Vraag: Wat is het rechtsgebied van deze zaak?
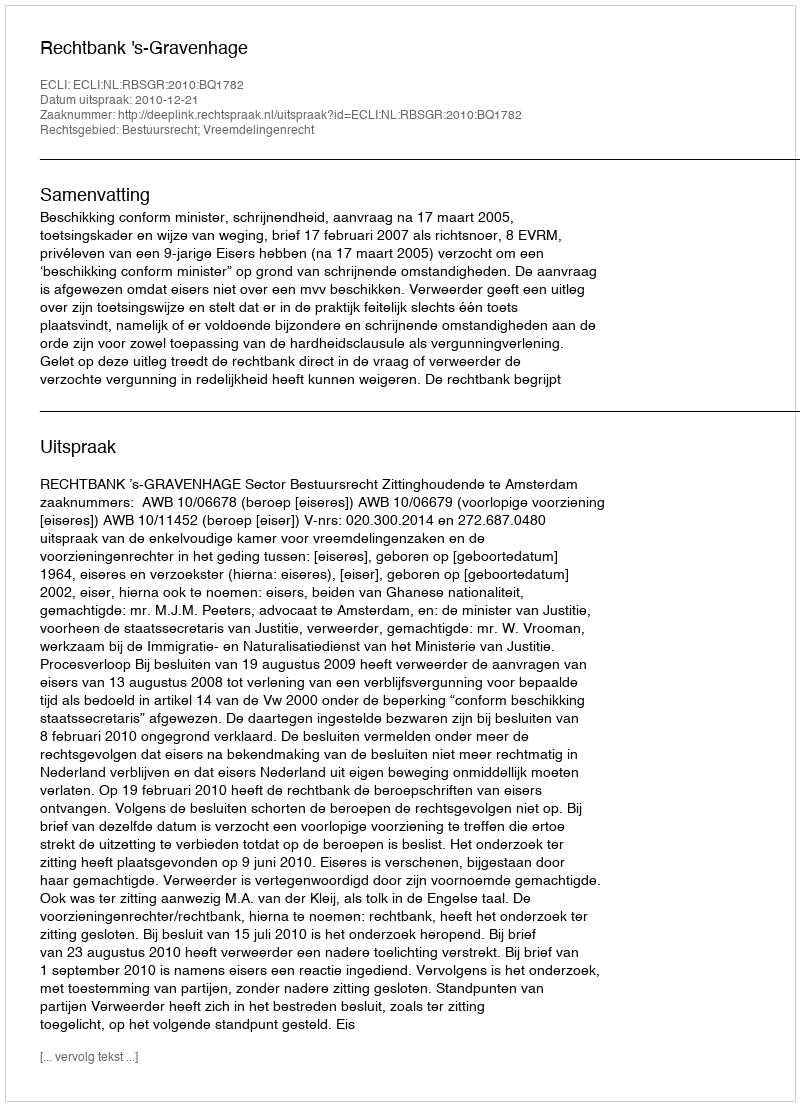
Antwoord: Bestuursrecht; Vreemdelingenrecht